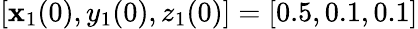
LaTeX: [\mathbf{x}_{1}(0),y_{1}(0),z_{1}(0)]=[0.5,0.1,0.1]